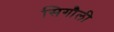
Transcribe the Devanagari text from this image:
सिगौली